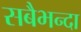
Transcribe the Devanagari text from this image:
सबैभन्दा